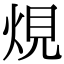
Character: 䙺